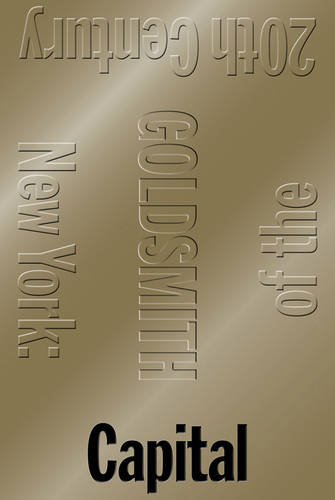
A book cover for Capital: New York, Capital of the 20th Century; Kenneth Goldsmith; Arts & Photography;